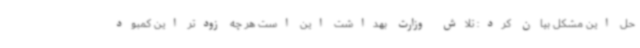
حل این مشکل بیان کرد: تلاش وزارت بهداشت این است هر چه زودتر این کمبود